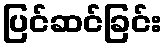
ပြင်ဆင်ခြင်း